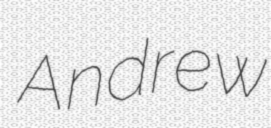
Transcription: Andrew